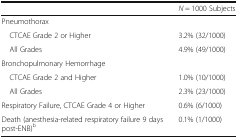
|  | N = 1000 Subjects |
 | --- | --- |
 | <COLSPAN=2> Pneumothorax |
 | CTCAE Grade 2 or Higher | 3.2% (32/1000) |
 | All Grades | 4.9% (49/1000) |
 | <COLSPAN=2> Bronchopulmonary Hemorrhage |
 | CTCAE Grade 2 and Higher | 1.0% (10/1000) |
 | All Grades | 2.3% (23/1000) |
 | Respiratory Failure, CTCAE Grade 4 or Higher | 0.6% (6/1000) |
 | Death (anesthesia-related respiratory failure 9 days post-ENB)b | 0.1% (1/1000) |